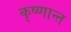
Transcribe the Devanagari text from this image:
कृष्णान्त